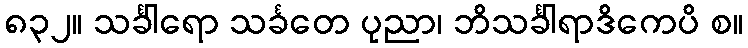
၈၃၂။ သင်္ခါရော သင်္ခတေ ပုညာ၊ ဘိသင်္ခါရာဒိကေပိ စ။